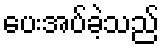
ပေးအပ်ခဲ့သည်